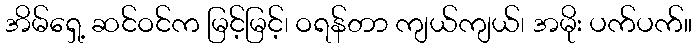
အိမ်ရှေ့ ဆင်ဝင်က မြင့်မြင့်၊ ဝရန်တာ ကျယ်ကျယ်၊ အမိုး ပက်ပက်။